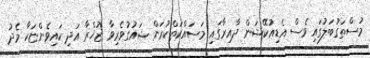
މުސްތަގުބަލުގައި ވެސް އެޑިއުކޭޝަން ދާއިރާގައި މަސައްކަތްކުރަން ޝައުގުވެރިވާ ޒުޚްރާ އަދި ކައިވެންޏަކާ މެދު